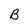
Character: B